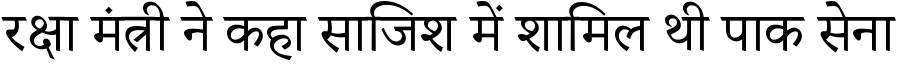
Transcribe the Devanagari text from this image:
रक्षा मंत्री ने कहा साजिश में शामिल थी पाक सेना